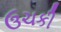
ઉચકી